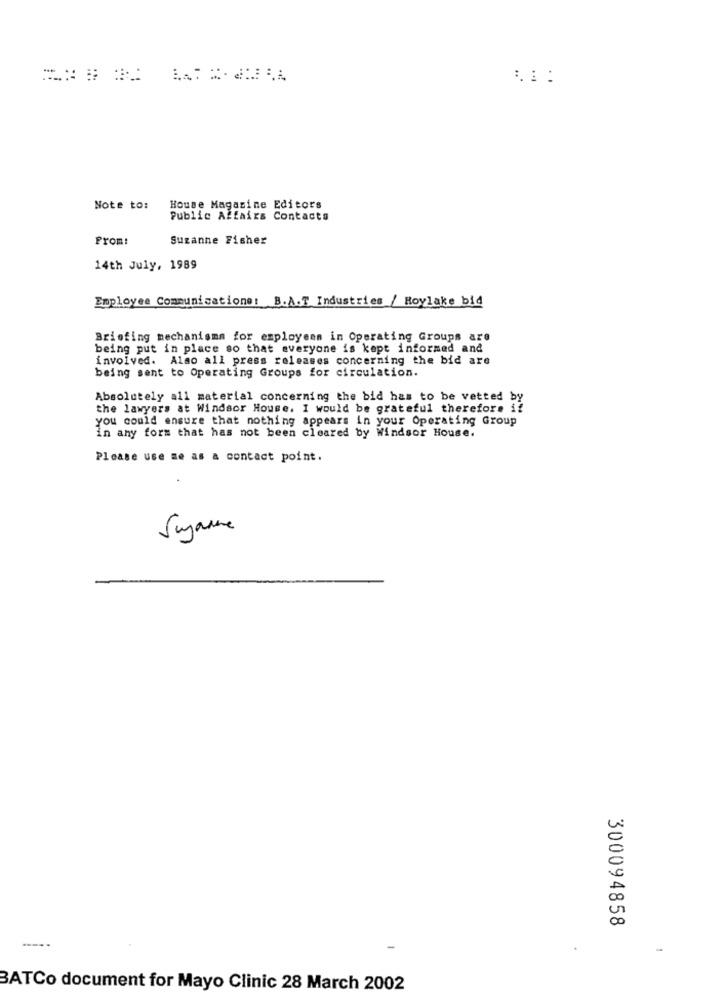
Note to:
House Magasine Editors
Public Affairs Contacts
From:
Suzanne Fisher
14th July, 1989
Employee Communicatione: B.A.T Industries / Hoylake bid
Briefing mechanisms for employees in Operating Groups are
being put in place so that everyone is kept informed and
involved. Also all press releases concerning the bid are
being sent to Operating Groups for circulation.
Absolutely all material concerning the bid has to be vetted by
the lawyers at Windsor House. I would be grateful therefore if
you could ensure that nothing appears in your Operating Group
in any form that has not been cleared by Windsor House.
Please use me as a contact point.
Suzanne
300094858
-
BATCo document for Mayo Clinic 28 March 2002